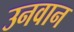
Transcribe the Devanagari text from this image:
उनवान